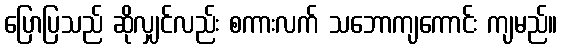
ပြောပြသည် ဆိုလျှင်လည်း စကားလက် သဘောကျကောင်း ကျမည်။